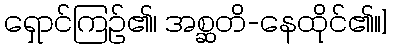
ရှောင်ကြဉ်၏၊ အစ္ဆတိ-နေထိုင်၏။]